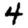
Digit: 4